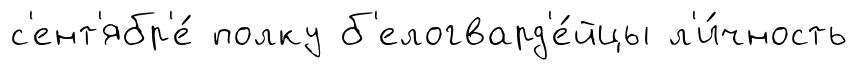
с'ент'ябр'е́ полку б'елогвард'е́йцы л'и́чность